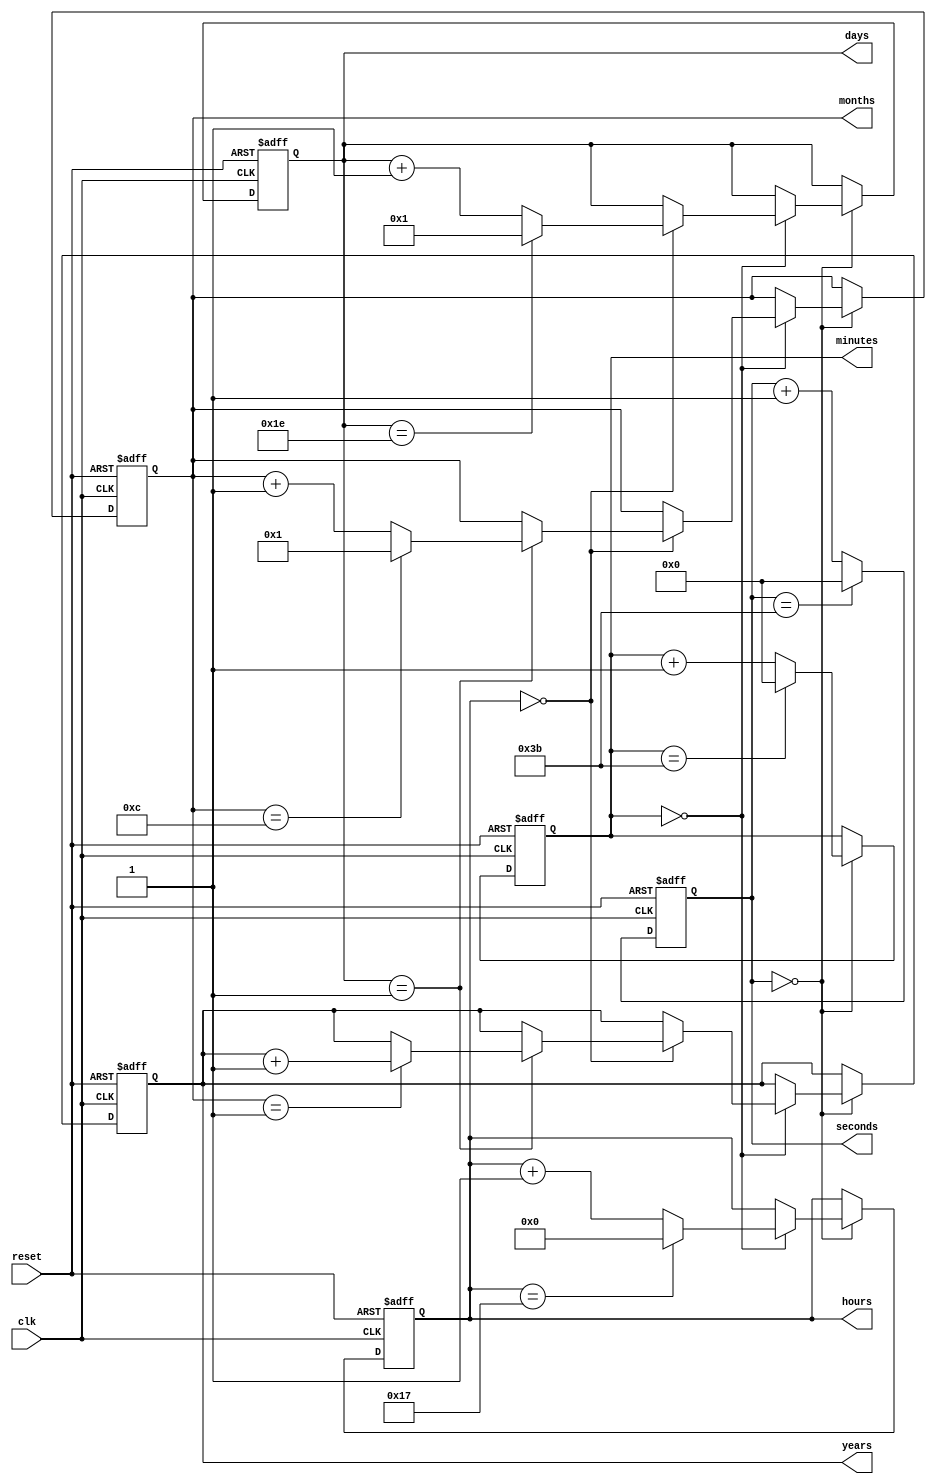
module real_time_clock (
    input wire clk,
    input wire reset,
    output reg [6:0] seconds,
    output reg [6:0] minutes,
    output reg [4:0] hours,
    output reg [4:0] days,
    output reg [3:0] months,
    output reg [7:0] years
);

reg [6:0] seconds_reg;
reg [6:0] minutes_reg;
reg [4:0] hours_reg;
reg [4:0] days_reg;
reg [3:0] months_reg;
reg [7:0] years_reg;

always @(posedge clk or posedge reset) begin
    if (reset) begin
        seconds_reg <= 7'd0;
        minutes_reg <= 7'd0;
        hours_reg <= 5'd0;
        days_reg <= 5'd0;
        months_reg <= 4'd0;
        years_reg <= 8'd0;
    end else begin
        seconds_reg <= (seconds_reg == 7'd59) ? 7'd0 : seconds_reg + 1;
        if (seconds_reg == 7'd0) begin
            minutes_reg <= (minutes_reg == 7'd59) ? 7'd0 : minutes_reg + 1;
            if (minutes_reg == 7'd0) begin
                hours_reg <= (hours_reg == 5'd23) ? 5'd0 : hours_reg + 1;
                if (hours_reg == 5'd0) begin
                    days_reg <= (days_reg == 5'd30) ? 5'd1 : days_reg + 1;
                    if (days_reg == 5'd1) begin
                        months_reg <= (months_reg == 4'd12) ? 4'd1 : months_reg + 1;
                        if (months_reg == 4'd1) begin
                            years_reg <= years_reg + 1;
                        end
                    end
                end
            end
        end
    end
end

assign seconds = seconds_reg;
assign minutes = minutes_reg;
assign hours = hours_reg;
assign days = days_reg;
assign months = months_reg;
assign years = years_reg;

endmodule